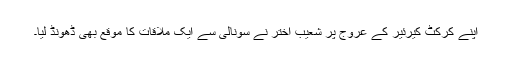
اپنے کرکٹ کیرئیر کے عروج پر شعیب اختر نے سونالی سے ایک ملاقات کا موقع بھی ڈھونڈ لیا۔